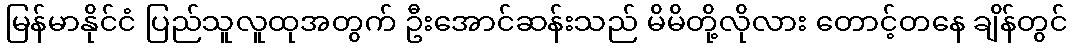
မြန်မာနိုင်ငံ ပြည်သူလူထုအတွက် ဦးအောင်ဆန်းသည် မိမိတို့လိုလား တောင့်တနေ ချိန်တွင်